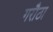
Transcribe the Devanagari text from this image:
गरौठा